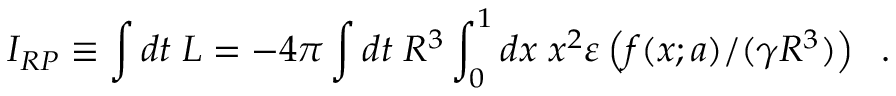
I _ { R P } \equiv \int d t \; L = - 4 \pi \int d t \; R ^ { 3 } \int _ { 0 } ^ { 1 } d x \; x ^ { 2 } \varepsilon \left( f ( x ; a ) / ( \gamma R ^ { 3 } ) \right) \; \; .